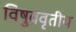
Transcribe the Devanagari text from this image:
विषुववृतीय